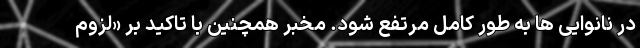
در نانوایی ها به طور کامل مرتفع شود. مخبر همچنین با تاکید بر «لزوم